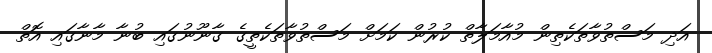
އަދި މަސްތުވާތަކެތިން މުއާމަލާތް ކުރުން ކަމަށް މަސްތުވާތަކެތީގެ ގާނޫނުގައި ބުނާ މާނާގައި އޮތް